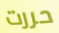
حررت